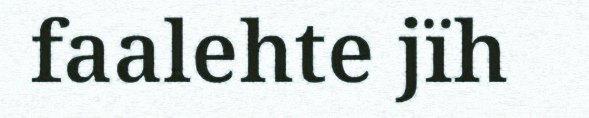
faalehte jïh